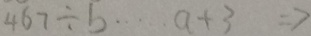
4 6 7 \div b \cdots a + 3 \Rightarrow